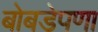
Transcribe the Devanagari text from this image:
बोबडेपणा